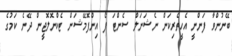
ބޭނުންވާ ފަންނީ އެހީތެރިކަން ނެޝަނަލް ސެންޓަ ފޯ އިންފޮމޭޝަން ޓެކްނޮލޮޖީން ދޭނެ ކަމުގެ